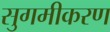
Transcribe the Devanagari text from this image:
सुगमीकरण